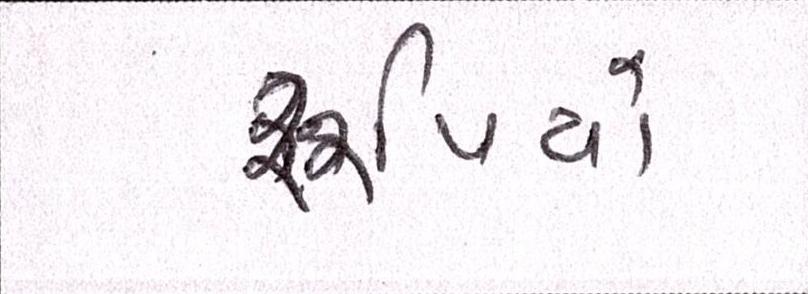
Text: રૃપિયો